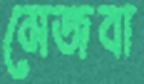
মেজবা